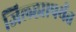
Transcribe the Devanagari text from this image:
जिल्ह्यापर्यंत